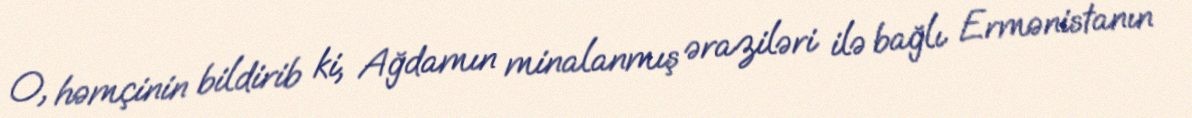
O, həmçinin bildirib ki, Ağdamın minalanmış əraziləri ilə bağlı Ermənistanın